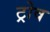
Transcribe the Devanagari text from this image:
ट्रोव